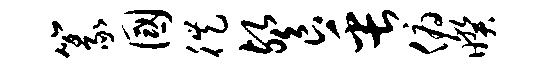
篆国徙餐缶俯暌